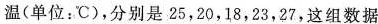
温(单位：℃)，分别是25，20，18，23，27，这组数据